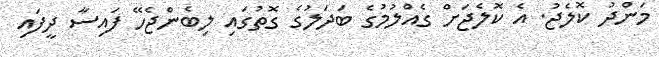
މަންދު ކޮލެޖު. އެ ކޮލެޖަށް ގެއްލުމުގެ ބަދަލުގެ ގޮތުގައި ލިބެންޖެހޭ ފައިސާ ދީފައި